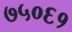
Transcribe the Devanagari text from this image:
७५०६१